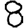
Digit: 8